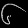
Digit: ၆